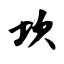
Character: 坎